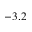
- 3 . 2